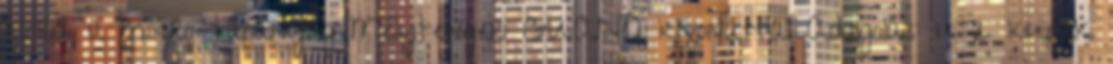
klorid, a mikro-tápanyag Mélytengeri GUANÓ kivonattal Adagolás: 1 2 kupak